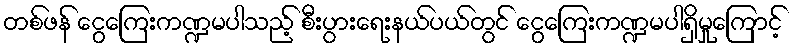
တစ်ဖန် ငွေကြေးကဏ္ဍမပါသည့် စီးပွားရေးနယ်ပယ်တွင် ငွေကြေးကဏ္ဍမပါရှိမှုကြောင့်